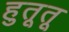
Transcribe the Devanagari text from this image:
हुतूतू